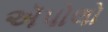
ઍપોલો